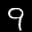
Label: 9